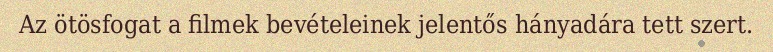
Az ötösfogat a filmek bevételeinek jelentős hányadára tett szert.